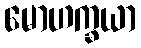
မောဟက္ခယာ